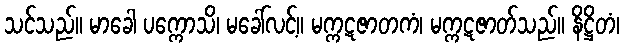
သင်သည်။ မာခေါ ပက္ကောသိ၊ မခေါ်လင့်။ မက္ကဋဇာတကံ၊ မက္ကဋဇာတ်သည်။ နိဋ္ဌိတံ၊